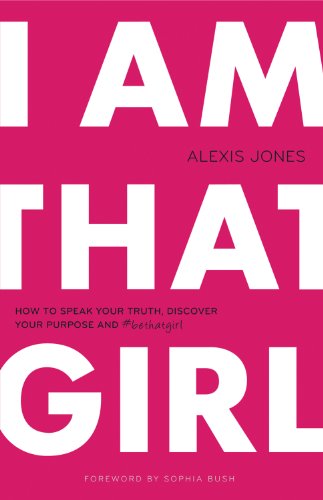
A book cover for I Am That Girl: How to Speak Your Truth, Discover Your Purpose, and #bethatgirl; Alexis Jones; Self-Help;